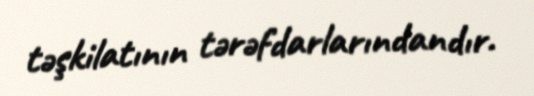
təşkilatının tərəfdarlarındandır.